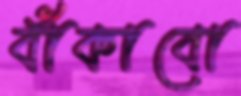
বাঁকাবো